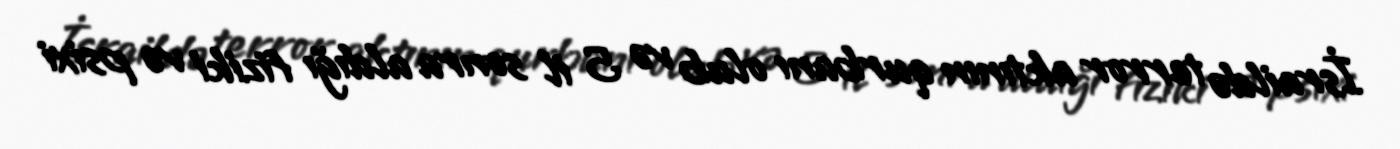
İsraildə terror aktının qurbanı olub və 5 il sonra aldığı fiziki və psixi